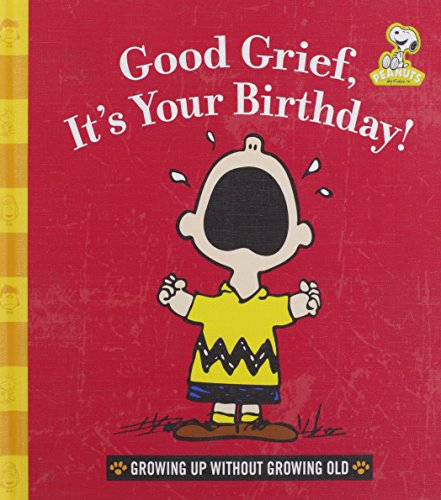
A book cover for Good Grief, It's Your Birthday!: Growing Up Without Growing Old (Peanuts); Charles Schulz; Self-Help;